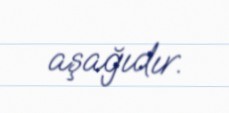
aşağıdır.